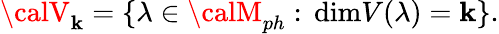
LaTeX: {\calV}_{\mathbf{k}}=\{ \lambda\in{\calM}_{ph}:\, \mathrm{{dim}}V(\lambda)=\mathbf{k}\} .